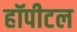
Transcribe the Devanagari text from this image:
हॉपीटल